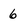
Character: 6